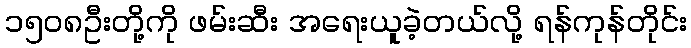
၁၅၀၈ဦးတို့ကို ဖမ်းဆီး အရေးယူခဲ့တယ်လို့ ရန်ကုန်တိုင်း